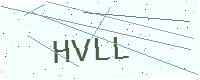
Text: HVLL